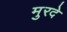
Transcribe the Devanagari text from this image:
मुरदे